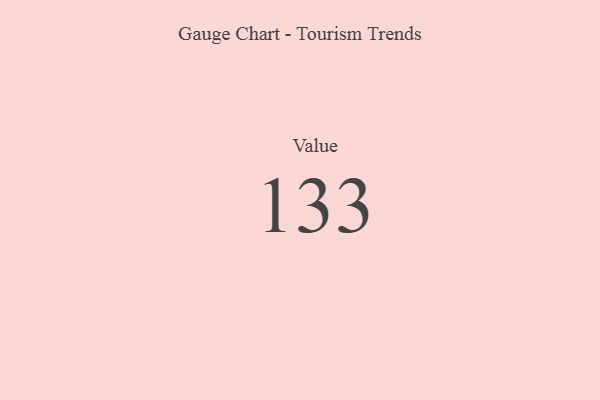
{"axis": {"x": "Metric", "y": "Value"}, "legend": [""], "data": [{"x": "Value", "y": 133, "type": ""}]}